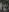
: